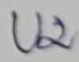
Text: U2